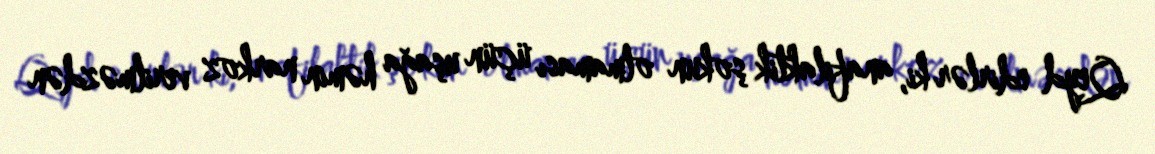
Qeyd edirlər ki, anafilaktik şokun olmaması üçün uşağa həmin narkoz verilməzdən